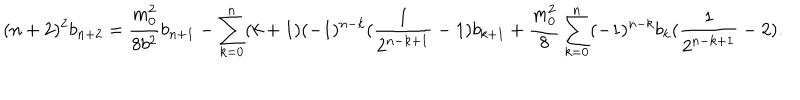
( n + 2 ) ^ { 2 } b _ { n + 2 } = \frac { m _ { 0 } ^ { 2 } } { 8 b ^ { 2 } } b _ { n + 1 } - \sum _ { k = 0 } ^ { n } ( k + 1 ) ( - 1 ) ^ { n - k } ( \frac { 1 } { 2 ^ { n - k + 1 } } - 1 ) b _ { k + 1 } + \frac { m _ { 0 } ^ { 2 } } { 8 } \sum _ { k = 0 } ^ { n } ( - 1 ) ^ { n - k } b _ { k } ( \frac { 1 } { 2 ^ { n - k + 1 } } - 2 ) .